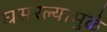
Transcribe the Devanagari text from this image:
घसरल्यामुळे